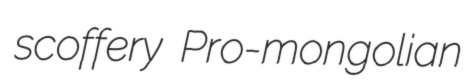
scoffery Pro-mongolian